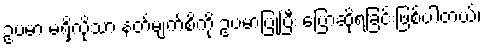
ဥပမာ မရှိလို့သာ နတ်မျက်စိကို ဥပမာပြုပြီး ပြောဆိုရခြင်းဖြစ်ပါတယ်၊